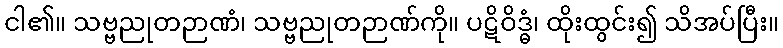
ငါ၏။ သဗ္ဗညုတဉာဏံ၊ သဗ္ဗညုတဉာဏ်ကို။ ပဋိဝိဒ္ဓံ၊ ထိုးထွင်း၍ သိအပ်ပြီး။